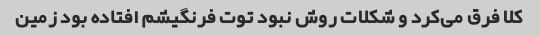
کلا فرق می‌کرد و شکلات روش نبود توت فرنگیشم افتاده بود زمین